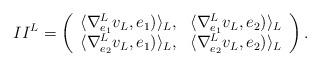
LaTeX: \begin{align*}II^L=\left( \begin{array}{cc} \langle \nabla^{L}_{e_1}v_L,e_1)\rangle_{L}, & \langle \nabla^{L}_{e_1}v_L,e_2)\rangle_{L} \\ \langle \nabla^{L}_{e_2}v_L,e_1)\rangle_{L}, & \langle \nabla^{L}_{e_2}v_L,e_2)\rangle_{L} \\ \end{array}\right).\end{align*}